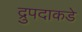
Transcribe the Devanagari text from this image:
द्रुपदाकडे